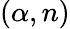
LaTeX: (\alpha,n)